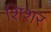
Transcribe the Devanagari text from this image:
शिशर